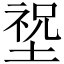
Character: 𡎺